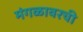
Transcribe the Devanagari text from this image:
मंगळावरची